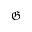
\mathfrak { G }